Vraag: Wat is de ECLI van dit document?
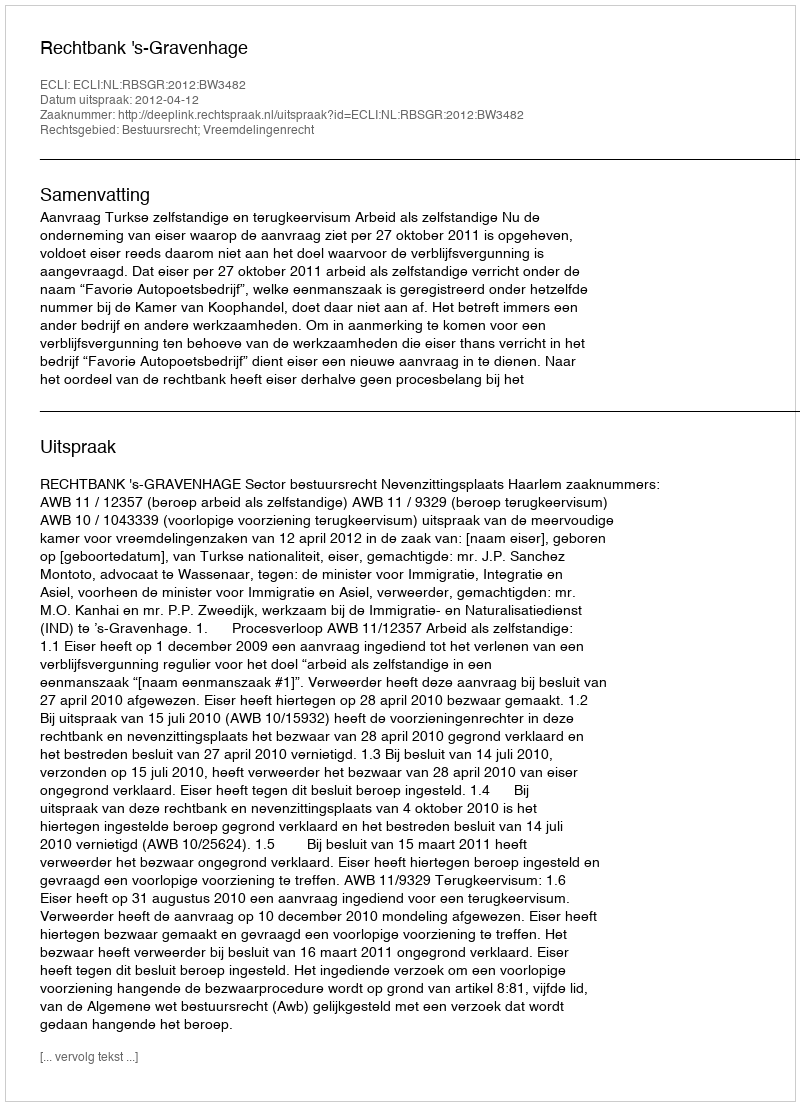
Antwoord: ECLI:NL:RBSGR:2012:BW3482